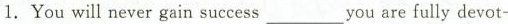
1. You will never gain success___you are fully devot-